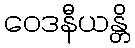
ဝေဒနီယန္တိ